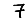
Digit: 7